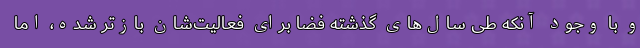
و با وجود آنکه طی سال‌های گذشته فضا برای فعالیت‌شان بازتر شده، اما